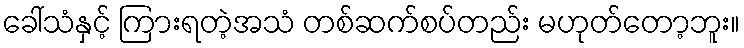
ခေါ်သံနှင့် ကြားရတဲ့အသံ တစ်ဆက်စပ်တည်း မဟုတ်တော့ဘူး။